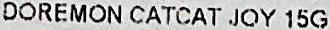
DOREMON CATCAT JOY 15G